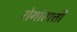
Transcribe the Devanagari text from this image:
रोगोत्पत्ती